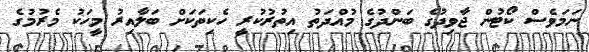
ނަމަވެސް ކޯޓުން ޖާވިދުގެ ބަންދުގެ މުއްދަތު އިތުރުކުރީ ހެކިތަކަށް ބަލާއިރު މީހަކު މެރުމުގެ